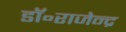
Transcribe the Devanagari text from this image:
डॉ॰राजेन्द्र